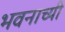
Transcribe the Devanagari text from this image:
भवनाच्यी